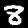
Digit: 8